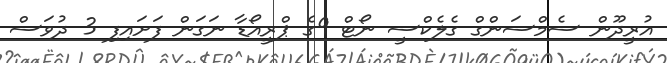
އުރީދޫން ސެމްސަންގް ގެލެކްސީ ނޯޓް 9ގެ ޕްރީއޯޑާ ނަގަން ފަށައިފި 3 ދުވަސް